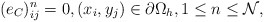
\begin{align*} (e_C)_{ij}^{n}=0,(x_i,y_j)\in\partial\Omega_{h},1\leq n\leq \mathcal{N}, \end{align*}